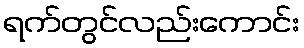
ရက်တွင်လည်းကောင်း